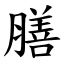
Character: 膳